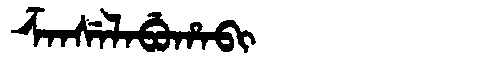
Manchu: ᡯᠠᠨᠰᡝᠯᠠᠪᡠᡥᠠᠪᡳ
Romanization: DZANSELABUHABI